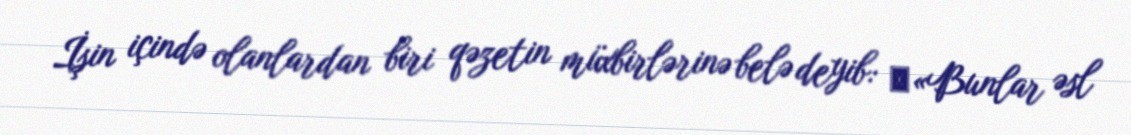
İşin içində olanlardan biri qəzetin müxbirlərinə belə deyib: ​«Bunlar əsl